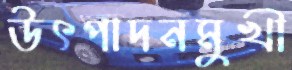
উৎপাদনমুখী